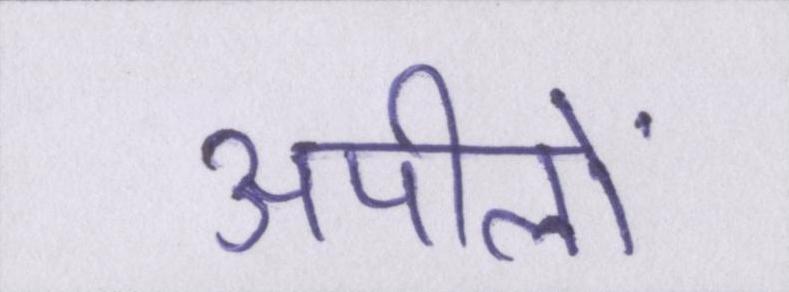
अपीलों